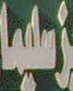
سلمان